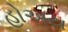
હોઅય